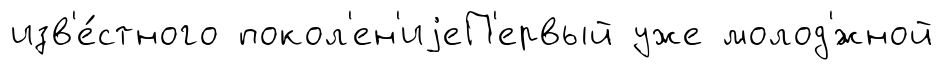
изв'е́стного покол'ен'иjеП'ервый уже молод'́жной